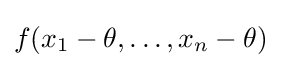
f(x_{1}-\theta ,\dots ,x_{n}-\theta )